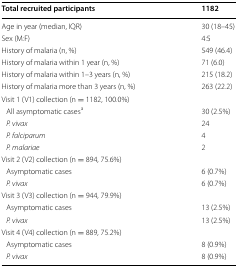
| Total recruited participants | 1182 |
 | --- | --- |
 | Age in year (median, IQR) | 30 (18–45) |
 | Sex (M:F) | 4:5 |
 | History of malaria (n, %) | 549 (46.4) |
 | History of malaria within 1 year (n, %) | 71 (6.0) |
 | History of malaria within 1–3 years (n, %) | 215 (18.2) |
 | History of malaria more than 3 years (n, %) | 263 (22.2) |
 | <COLSPAN=2> Visit 1 (V1) collection (n = 1182, 100.0%) |
 | All asymptomatic casesa | 30 (2.5%) |
 | P. vivax | 24 |
 | P. falciparum | 4 |
 | P. malariae | 2 |
 | <COLSPAN=2> Visit 2 (V2) collection (n = 894, 75.6%) |
 | Asymptomatic cases | 6 (0.7%) |
 | P. vivax | 6 (0.7%) |
 | <COLSPAN=2> Visit 3 (V3) collection (n = 944, 79.9%) |
 | Asymptomatic cases | 13 (2.5%) |
 | P. vivax | 13 (2.5%) |
 | <COLSPAN=2> Visit 4 (V4) collection (n = 889, 75.2%) |
 | Asymptomatic cases | 8 (0.9%) |
 | P. vivax | 8 (0.9%) |